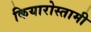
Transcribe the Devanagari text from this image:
कियारोस्तामी